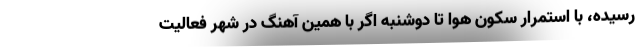
رسیده، با استمرار سکون هوا تا دوشنبه اگر با همین‌ آهنگ در شهر فعالیت